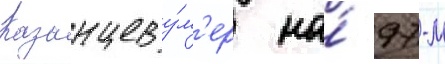
Казанцев у́м'ер на́ 97-м